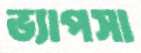
ভ্যাপসা